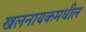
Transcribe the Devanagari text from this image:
खलनायकमधील